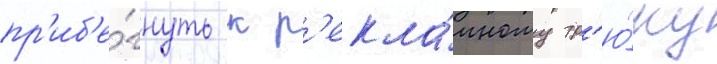
пр'иб'е́гнуть к р'екла́мному тр'ю́ку